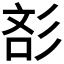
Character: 𰐪